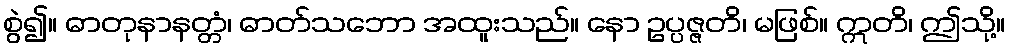
စွဲ၍။ ဓာတုနာနတ္တံ၊ ဓာတ်သဘော အထူးသည်။ နော ဥပ္ပဇ္ဇတိ၊ မဖြစ်။ ဣတိ၊ ဤသို့။